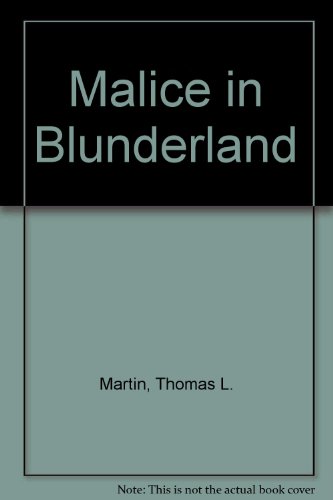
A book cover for Malice in Blunderland; Thomas L. Martin; Reference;